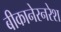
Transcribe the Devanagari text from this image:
बीकानेरनरेश